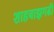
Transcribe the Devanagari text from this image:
शाहबाझगढी